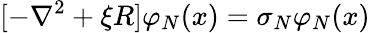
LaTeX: [-\nabla^{2}+\xi R]\varphi_{N}(x)=\sigma_{N}\varphi_{N}(x)